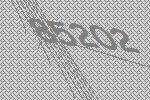
85202